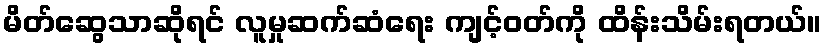
မိတ်ဆွေသာဆိုရင် လူမှုဆက်ဆံရေး ကျင့်ဝတ်ကို ထိန်းသိမ်းရတယ်။